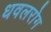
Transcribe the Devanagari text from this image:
धवलरोग